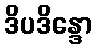
ဒိပဒိန္ဒော